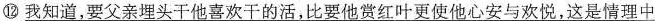
⑫\underline{我知道，要父亲埋头干他喜欢干的活，比要他赏红叶更使他心安与欢悦，这是情理中}